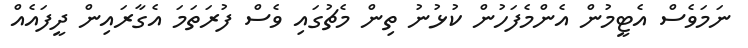
ނަމަވެސް އެޓީމުން އެންމެފަހުން ކުޅުނު ތިން މެޗުގައި ވެސް ފުރަތަމަ އެގާރައިން ދީފައެއް